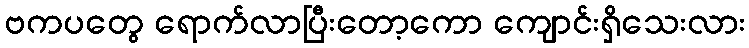
ဗကပတွေ ရောက်လာပြီးတော့ကော ကျောင်းရှိသေးလား